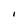
Character: I